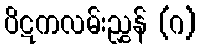
ပိဋကလမ်းညွှန် (ဂ)